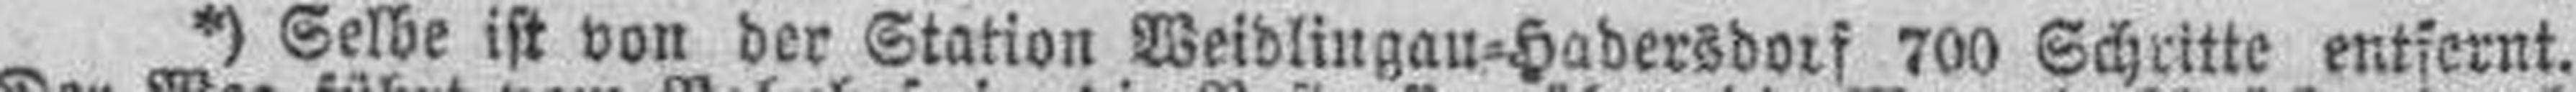
*) Selbe ist von der Station Weidlingau=Hadersdorf 700 Schritte entfernt.